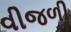
વીજળી